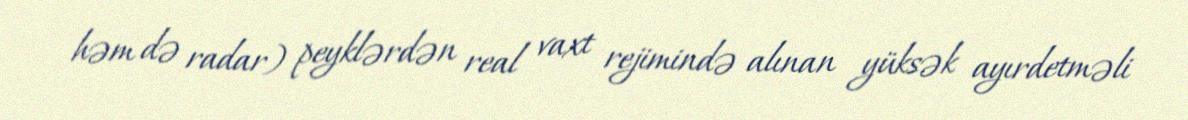
həm də radar) peyklərdən real vaxt rejimində alınan yüksək ayırdetməli